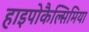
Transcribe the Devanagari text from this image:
हाइपोकैल्सिमिया